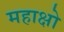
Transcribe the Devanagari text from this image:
महाक्षो